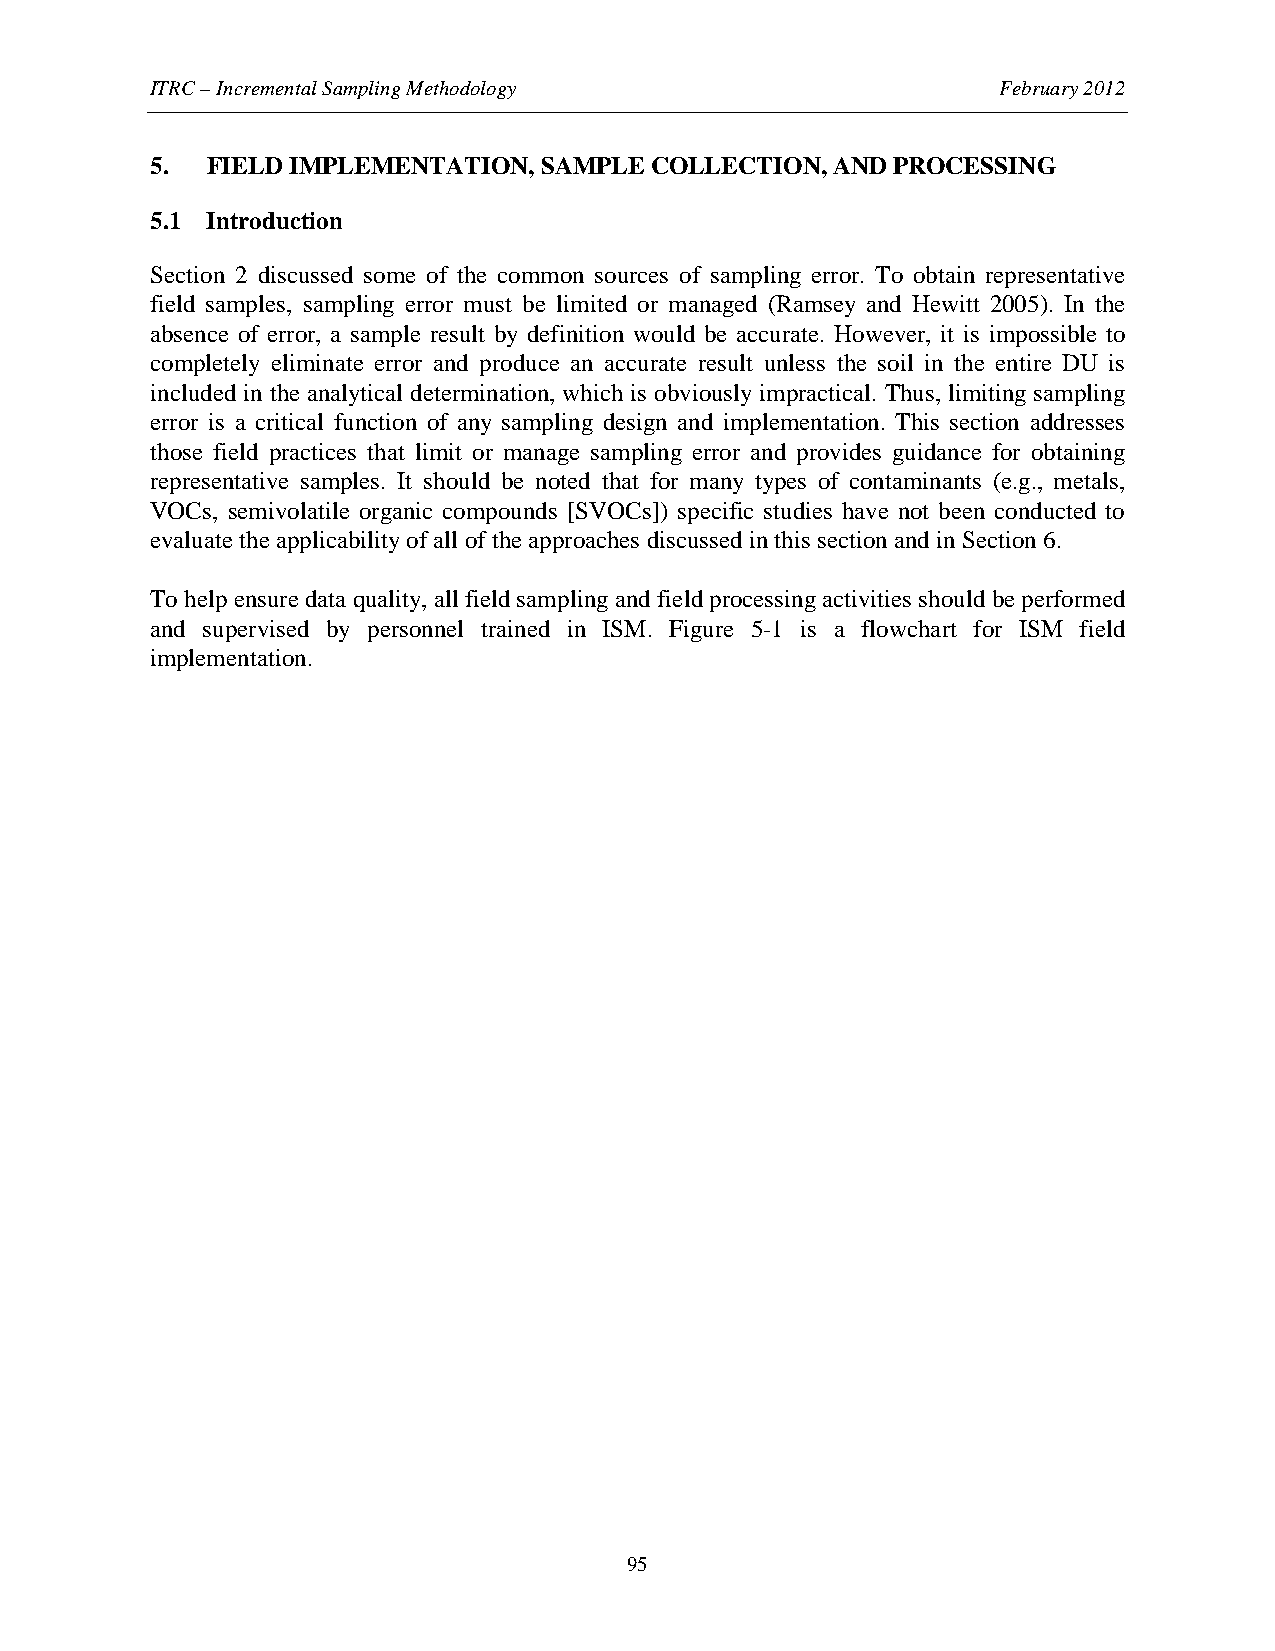
ITRC – Incremental Sampling Methodology                 February 2012
 5.  FIELD IMPLEMENTATION, SAMPLE COLLECTION, AND PROCESSING
 5.1 Introduction
 Section 2 discussed some of the common sources of sampling error. To obtain representative
 field samples, sampling error must be limited or managed (Ramsey and Hewitt 2005). In the
 absence of error, a sample result by definition would be accurate. However, it is impossible to
 completely eliminate error and produce an accurate result unless the soil in the entire DU is
 included in the analytical determination, which is obviously impractical. Thus, limiting sampling
 error is a critical function of any sampling design and implementation. This section addresses
 those field practices that limit or manage sampling error and provides guidance for obtaining
 representative samples. It should be noted that for many types of contaminants (e.g., metals,
 VOCs, semivolatile organic compounds [SVOCs]) specific studies have not been conducted to
 evaluate the applicability of all of the approaches discussed in this section and in Section 6.
 To help ensure data quality, all field sampling and field processing activities should be performed
 and supervised by personnel trained in ISM. Figure 5-1 is a flowchart for ISM field
 implementation.
 95